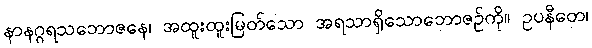
နာနဂ္ဂရသဘောဇနေ၊ အထူးထူးမြတ်သော အရသာရှိသောဘောဇဉ်ကို။ ဥပနီတေ၊